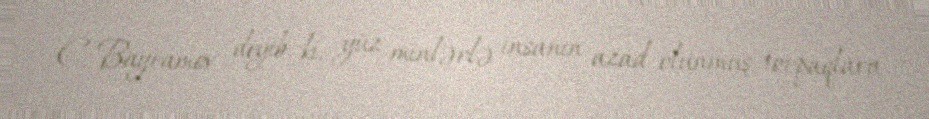
C. Bayramov deyib ki, yüz minlərlə insanın azad olunmuş torpaqlara